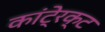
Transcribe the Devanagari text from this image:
कांटे्रक्ट